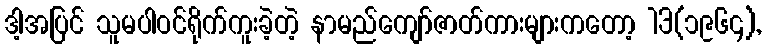
ဒါ့အပြင် သူမပါဝင်ရိုက်ကူးခဲ့တဲ့ နာမည်ကျော်ဇာတ်ကားများကတော့ 13(၁၉၆၄),